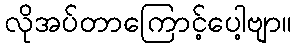
လိုအပ်တာကြောင့်ပေါ့ဗျာ။